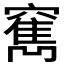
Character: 𥨣